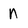
Character: n